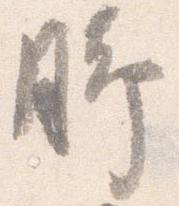
脚